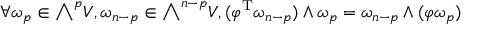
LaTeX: \forall \omega _ { p } \in { \textstyle \bigwedge } ^ { p } V , \omega _ { n - p } \in { \textstyle \bigwedge } ^ { n - p } V , ( \varphi ^ { \mathrm { T } } \omega _ { n - p } ) \wedge \omega _ { p } = \omega _ { n - p } \wedge ( \varphi \omega _ { p } )